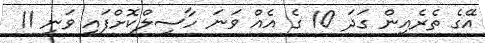
އޭގެ ތެރެއިން ގަދަ 10 ގެ އެއް ވަނަ ހާސިލްކޮށްފައި ވަނީ 11